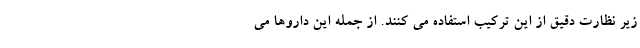
زیر نظارت دقیق از این ترکیب استفاده می کنند. از جمله این داروها می